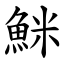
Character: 䱊